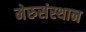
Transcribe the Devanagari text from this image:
मेरुसंस्थान